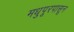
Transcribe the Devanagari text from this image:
मधुपूरपासून